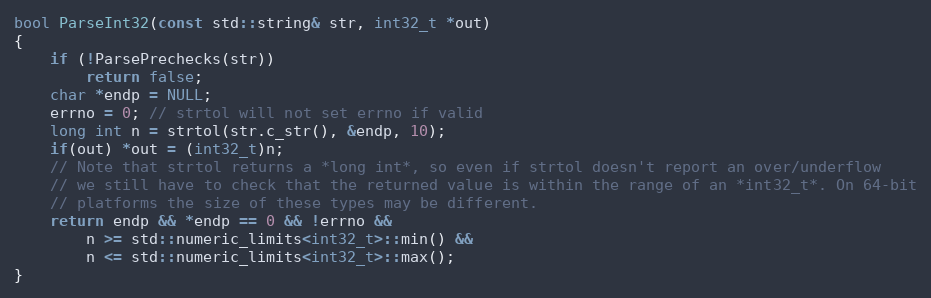
Language: C++
bool ParseInt32(const std::string& str, int32_t *out)
{
    if (!ParsePrechecks(str))
        return false;
    char *endp = NULL;
    errno = 0; // strtol will not set errno if valid
    long int n = strtol(str.c_str(), &endp, 10);
    if(out) *out = (int32_t)n;
    // Note that strtol returns a *long int*, so even if strtol doesn't report an over/underflow
    // we still have to check that the returned value is within the range of an *int32_t*. On 64-bit
    // platforms the size of these types may be different.
    return endp && *endp == 0 && !errno &&
        n >= std::numeric_limits<int32_t>::min() &&
        n <= std::numeric_limits<int32_t>::max();
}